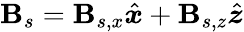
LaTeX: \boldsymbol{\mathbf{B}}_{s}=\mathbf{B}_{s,x}\hat{{\boldsymbol{x}}}+\mathbf{B}_{s,z}\hat{{\boldsymbol{z}}}